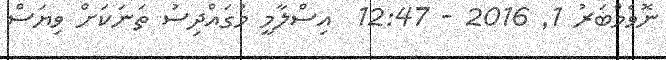
ނޮވެމްބަރު 1